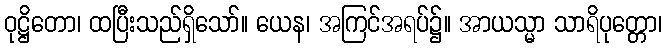
ဝုဋ္ဌိတော၊ ထပြီးသည်ရှိသော်။ ယေန၊ အကြင်အရပ်၌။ အာယသ္မာ သာရိပုတ္တော၊